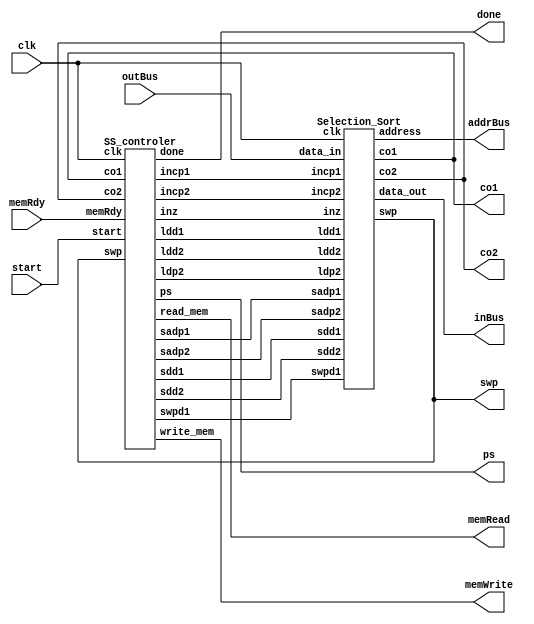
`timescale 1ns/1ns

module SS(input [15:0] outBus ,input clk, start, memRdy, output memRead, memWrite, done, output [7:0] addrBus, output [15:0] inBus, output [3:0] ps, output swp, co1, co2);
   
    wire incp1, incp2, inz, ldp2, sadp1, sadp2, sdd1, sdd2, ldd1, ldd2, swpd1;
    SS_controler UUT(clk, start, co1, co2, swp, memRdy, incp1, incp2, inz, ldp2, sadp1, sadp2, sdd1, sdd2, ldd1, ldd2, swpd1, memRead, memWrite, done, ps);
    Selection_Sort UTT(clk, incp1, incp2, inz, ldp2, sadp1, sadp2, sdd1, sdd2, ldd1, ldd2, swpd1, outBus, inBus, addrBus, swp, co1, co2);

endmodule



module SS_controler(input clk, start, co1, co2, swp, memRdy, output incp1, incp2, inz, ldp2, sadp1, sadp2, sdd1, sdd2, ldd1, ldd2, swpd1, read_mem, write_mem, done, output reg [3:0]ps);
    reg [3:0] ns;
    //reg [3:0] ps;

    always@(ps, start, co1, co2, swp, memRdy) begin
        ns=4'd0;
            case(ps)
                0: ns = start ? ps + 4'd1 : ps;
                1: ns = start ? ps : ps + 4'd1;
                2: ns = memRdy ? ps + 4'd1 : ps;
                3: ns = memRdy ? ps + 4'd1 : ps;
                4: ns = swp ? ps + 4'd1 : 4'd7;
                5: ns = memRdy ? ps + 4'd1 : ps;
                6: ns = memRdy ? ps + 4'd1 : ps;
                7: ns = co2 ? ps + 4'd1 : 4'd3;
                8: ns = co1 ?  4'd0 : 4'd2;
                default: ns = 4'd0;
            endcase
    end

    always@(posedge clk) begin

        ps<=ns;
    end

    assign done = (ps==4'd0) ? 1'b1 : 1'b0;
    assign inz = (ps==4'd1) ? 1'b1 : 1'b0;
    assign ldp2 = (ps==4'd2) ? 1'b1 : 1'b0;
    assign sadp1 = (ps==4'd2 || ps==4'd6) ? 1'b1 : 1'b0;
    assign ldd1 = (ps==4'd2) ? 1'b1 : 1'b0;
    assign read_mem = (ps==4'd2 || ps==4'd3) ? 1'b1 : 1'b0;
    assign ldd2 = (ps==4'd3) ? 1'b1 : 1'b0;
    assign sadp2 = (ps==4'd3 || ps==4'd5) ? 1'b1 : 1'b0;
    assign write_mem = (ps==4'd5 || ps==4'd6) ? 1'b1 : 1'b0;
    assign sdd1 = (ps==4'd5) ? 1'b1 : 1'b0;
    assign sdd2 = (ps==4'd6) ? 1'b1 : 1'b0;
    assign swpd1 = (ps==4'd6) ? 1'b1 : 1'b0;
    assign incp2 = (ps==4'd7) ? 1'b1 : 1'b0;
    assign incp1 = (ps==4'd8) ? 1'b1 : 1'b0;

endmodule


module Selection_Sort(input clk, incp1, incp2, inz, ldp2, sadp1, sadp2, sdd1, sdd2, ldd1, ldd2, swpd1, input [15:0] data_in, output [15:0] data_out, output [7:0] address, output swp, co1, co2);
    wire [7:0] ns_p1, ns_p2;
    reg [7:0] ps_p1, ps_p2;
    wire [15:0] ns_d1, ns_d2;
    reg [15:0] ps_d1, ps_d2;
    wire [7:0] p1_next, p2_next;

    always@(posedge clk) begin
        ps_d1<=ns_d1;
        ps_d2<=ns_d2;
        ps_p1<=ns_p1;
        ps_p2<=ns_p2;
    end

    assign {co1 , p1_next} =  ps_p1 + 8'd1;
    assign {co2 , p2_next} =  ps_p2 + 8'd1;
    assign ns_p1 = inz ? 8'd0 : incp1 ? p1_next : ps_p1;
    assign ns_p2 = ldp2 ? p1_next : incp2 ? p2_next : ps_p2;
    assign ns_d1 = ldd1 ? data_in : swpd1 ? ps_d2 : ps_d1;
    assign ns_d2 = ldd2 ? data_in : ps_d2;
    assign swp = (ps_d1 > ps_d2) ? 1'b1 : 1'b0;
    assign data_out = sdd1 ? ps_d1 : sdd2 ? ps_d2 : 16'd0;
    assign address = sadp1 ? ps_p1 : sadp2 ? ps_p2 : 16'd0;

endmodule